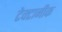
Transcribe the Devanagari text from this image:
टेक्टानीक